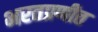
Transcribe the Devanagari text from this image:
भरतप्रणीत